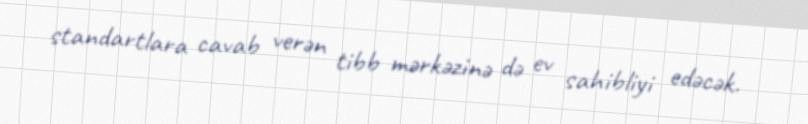
standartlara cavab verən tibb mərkəzinə də ev sahibliyi edəcək.